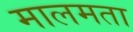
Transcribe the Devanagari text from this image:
मालमता